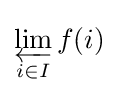
\varprojlim _{i\in I}f(i)